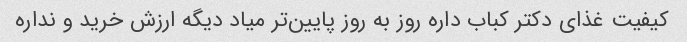
کیفیت غذای دکتر کباب داره روز به روز پایین‌تر میاد دیگه ارزش خرید و نداره